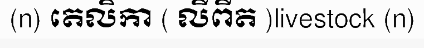
(n) តេលិកា ( លីពីត )livestock (n)